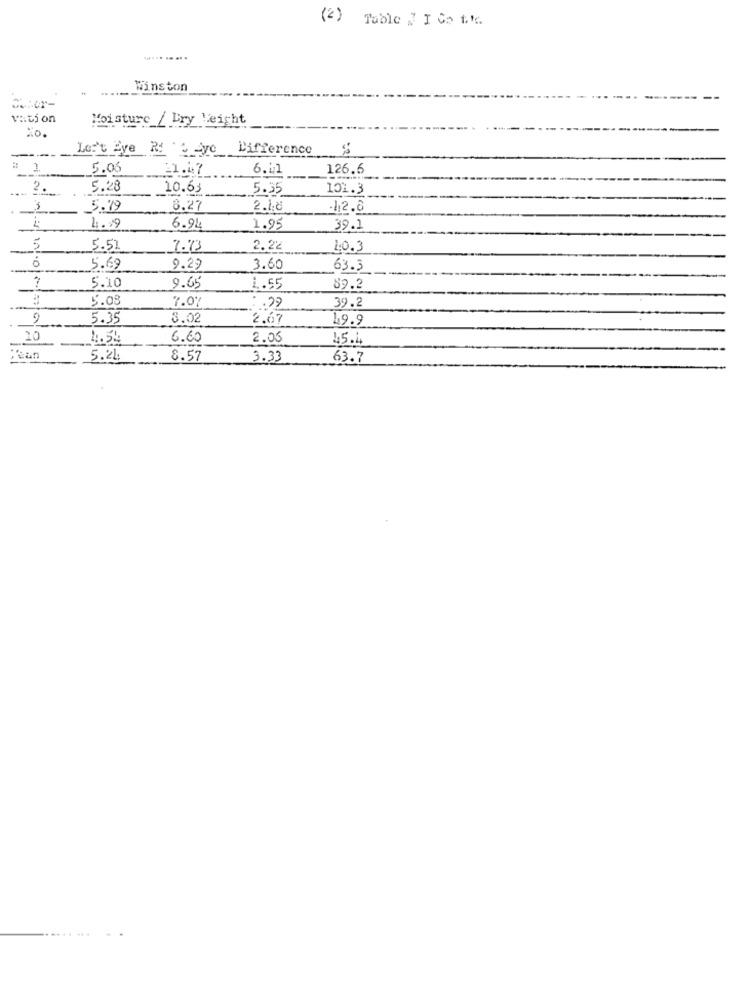
(2) Table J I Co the.
..... ....
Winston
viition
Moisture / Dry Leicht
Les't Eye Ri -yo Difference
5.06
11.47
6.41
126.5
2.
5.28
10.63
5.35
101.3
3
5.99
8.27
2.18
-1,2.8
4.99
6.94
1.95
39.1
5
5.51
7.73
2.22
40.3
5.69
9.29
3.60
63.3
5.10
9.65
1.55
89.2
5.08
7.07
: . 27
39.2
9
5.35
8.02
2.67
49.9
10
4.54
6.60
2.05
45.4
Clean
5.24
8.57
3.33
63.7